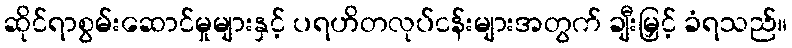
ဆိုင်ရာစွမ်းဆောင်မှုများနှင့် ပရဟိတလုပ်ငန်းများအတွက် ချီးမြှင့် ခံရသည်။